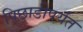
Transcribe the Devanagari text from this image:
पिछाडीपर्यंत